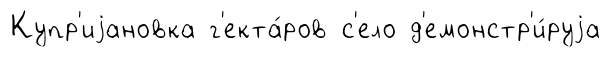
Купр'иjановка г'екта́ров с'ело д'емонстр'и́руjа